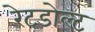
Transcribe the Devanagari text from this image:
रेटडोल्ट